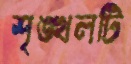
শৃঙ্খলটি